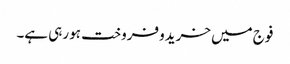
فوج میں خریدو فروخت ہو رہی ہے۔